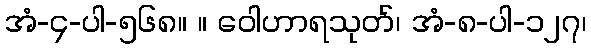
အံ-၄-ပါ-၅၆၈။ ။ ဝေါဟာရသုတ်၊ အံ-၈-ပါ-၁၂၇၊